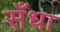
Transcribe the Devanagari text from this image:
सँधा